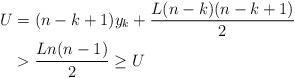
LaTeX: \begin{align*} U &= (n-k+1)y_k+ \frac{L(n-k)(n-k+1)}{2}\\ &> \frac{Ln(n-1)}{2} \ge U \end{align*}